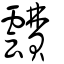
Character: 靅